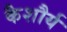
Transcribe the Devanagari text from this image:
कैशौर्य